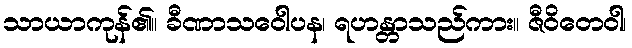
သာယာကုန်၏။ ခီဏာသဝေါပန၊ ရဟန္တာသည်ကား။ ဇီဝိတေဝါ၊